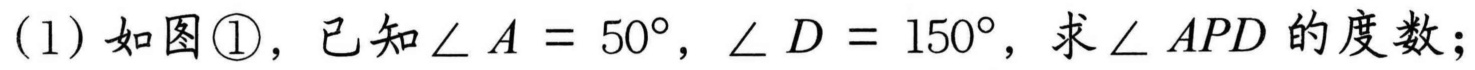
(1) 如图\textcircled{1}，已知\(\angle A = 50^{\circ}\)，\(\angle D = 150^{\circ}\)，求\(\angle APD\)的度数；